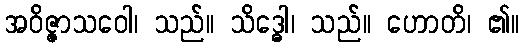
အဝိဇ္ဇာသဝေါ၊ သည်။ သိဒ္ဓေါ၊ သည်။ ဟောတိ၊ ၏။